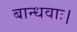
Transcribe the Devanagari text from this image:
बान्धवाः।